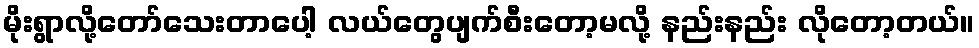
မိုးရွာလို့တော်သေးတာပေါ့ လယ်တွေပျက်စီးတော့မလို့ နည်းနည်း လိုတော့တယ်။